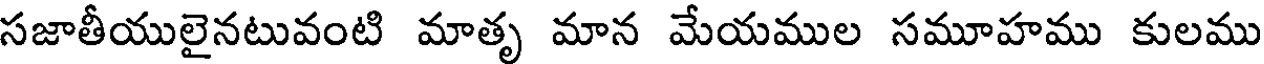
సజాతీయులైనటువంటి మాతృ మాన మేయముల సమూహము కులము